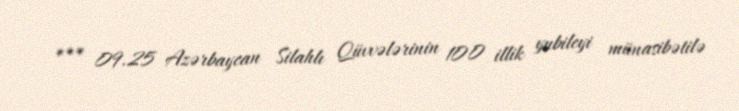
*** 09.25 Azərbaycan Silahlı Qüvvələrinin 100 illik yubileyi münasibətilə